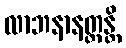
လာဘနာနတ္တန္တိ